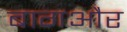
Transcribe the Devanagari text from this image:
बागऔर